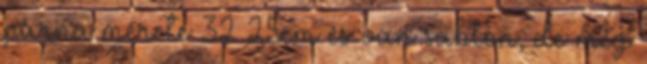
párna mérete 32 25cm és van sablon, de még